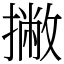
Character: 撇